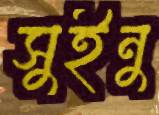
সুইনু